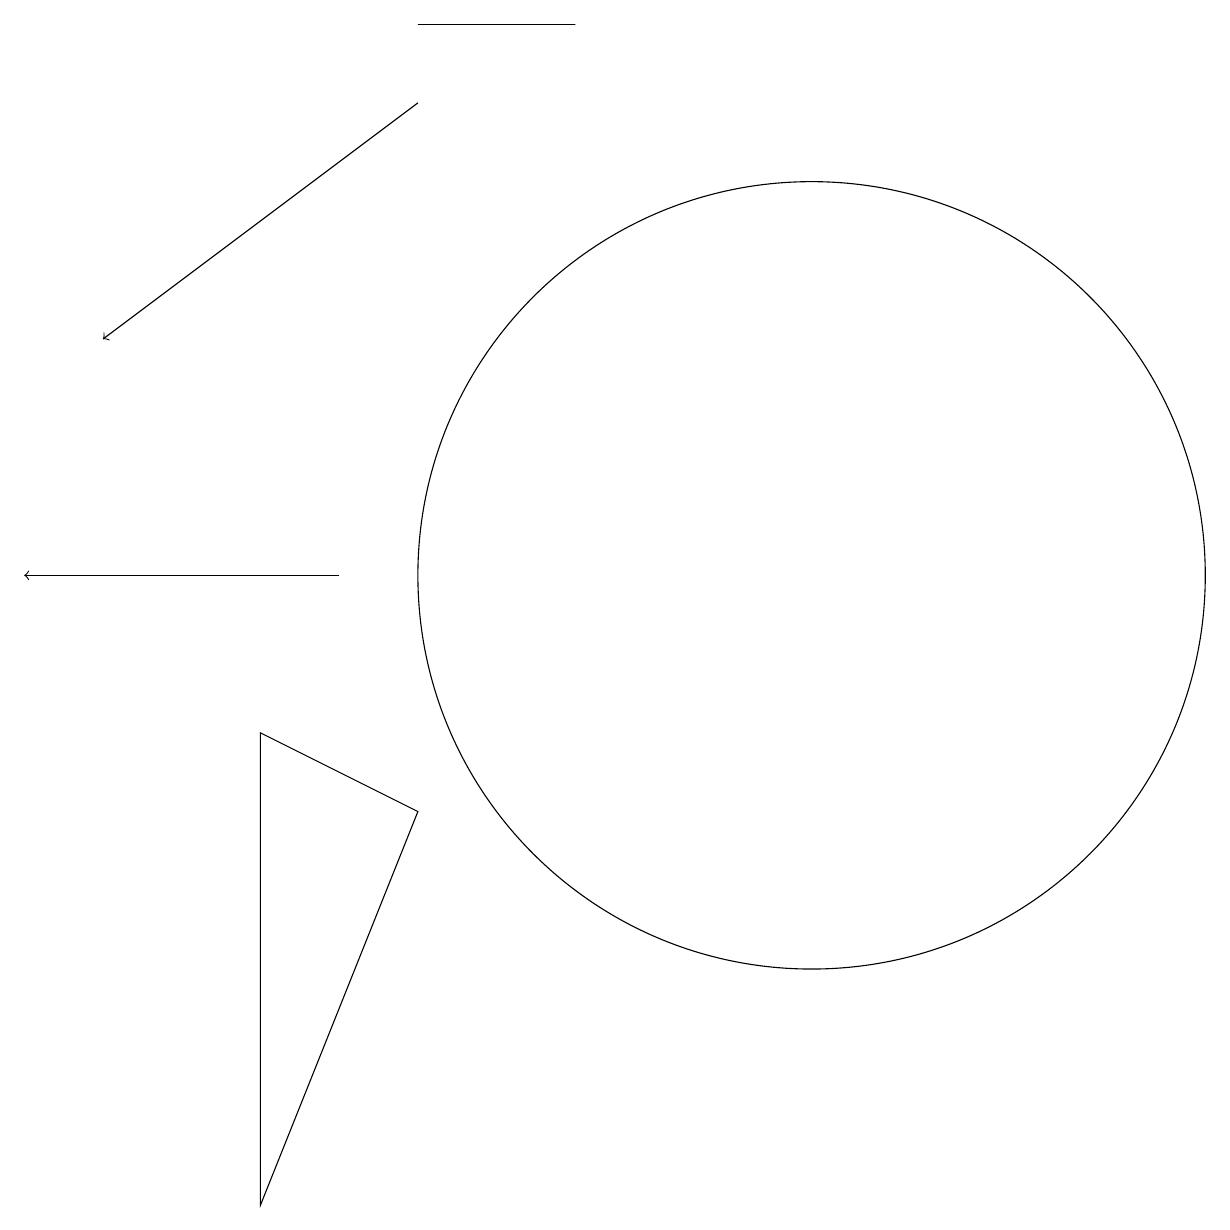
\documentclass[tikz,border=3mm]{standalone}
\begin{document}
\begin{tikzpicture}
\draw (4,8) -- (6,7) -- (4,2) -- cycle;
\draw[->] (6,16) -- (2,13);
\draw[->] (5,10) -- (1,10);
\draw (6,17) rectangle (8,17);
\draw (11,10) circle (5);
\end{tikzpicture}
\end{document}